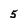
Character: 5